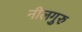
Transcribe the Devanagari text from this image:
नीलगुरु